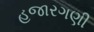
હજારગણી